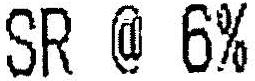
SR @ 6%